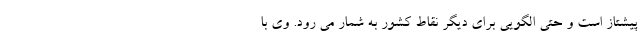
پیشتاز است و حتی الگویی برای دیگر نقاط کشور به شمار می رود. وی با